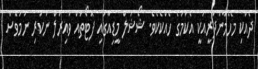
ދެއްކި މެހެމާންދާރީއަކީ އެކަމުގެ ހެއްކެކެވެ. ޝޯޝަލް މީޑިއާގައި ފޮޓޯތައް ވައިރަލް ނުކުރި ނަމަވެސް